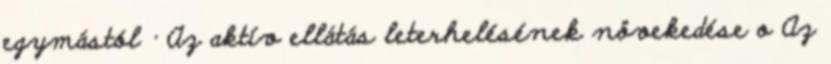
egymástól · Az aktív ellátás leterhelésének növekedése o Az